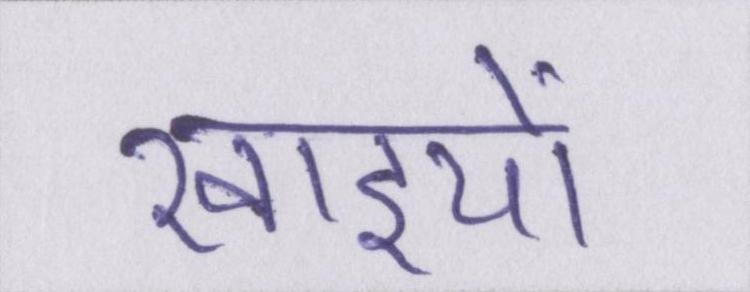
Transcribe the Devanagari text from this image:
खाइयों